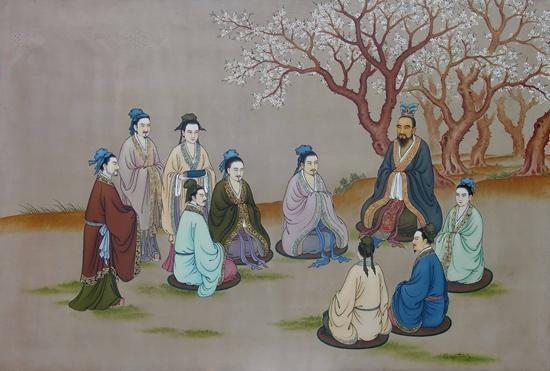
天地之道，可一言而尽也。其为物不贰，则其生物不测。